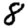
Digit: 8